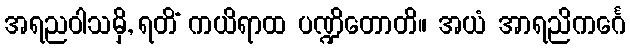
အရညဝါသမှိ, ရတိံ ကယိရာထ ပဏ္ဍိတောတိ။ အယံ အာရညိကင်္ဂေ